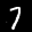
Label: 7